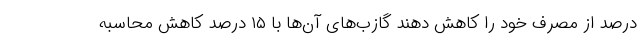
درصد از مصرف خود را کاهش دهند گازب‌های آن‌ها با ۱۵ درصد کاهش محاسبه